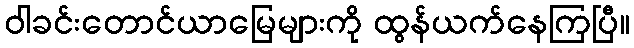
ဝါခင်းတောင်ယာမြေများကို ထွန်ယက်နေကြပြီ။